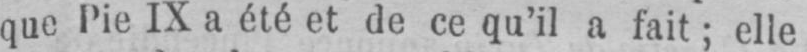
que Pie IX a été et de ce qu’il a fait; elle